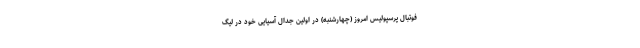
فوتبال پرسپولیس امروز (چهارشنبه) در اولین جدال آسیایی خود در لیگ